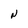
Character: N